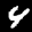
Label: 4